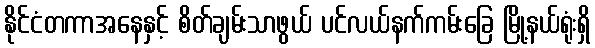
နိုင်ငံတကာအနေနှင့် စိတ်ချမ်းသာဖွယ် ပင်လယ်နက်ကမ်းခြေ မြို့နယ်ရုံးရှိ